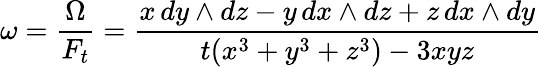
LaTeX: \omega={\frac{\Omega}{F_{t}}}={\frac{x\, dy\wedge dz-y\, dx\wedge dz+z\, dx\wedge dy}{t(x^{3}+y^{3}+z^{3})-3xyz}}